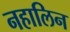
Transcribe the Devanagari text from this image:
नहालिन